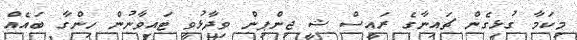
މިކަމާ ގުޅިގެން ޗައިނާގެ ރައީސް ޝީ ޖިންޕިން ވިދާޅުވީ ޓައިވާނުން ހިންގާ ބައެއް